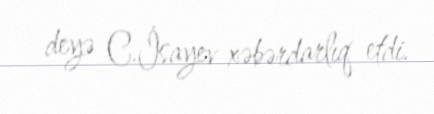
- deyə C.İsayev xəbərdarlıq etdi.